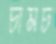
চামচ